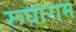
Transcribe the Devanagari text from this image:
रूघाराम